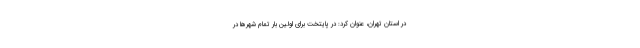
در استان تهران، عنوان کرد: در پایتخت برای اولین بار تمام شهرها در